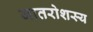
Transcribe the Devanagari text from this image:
जातरोशस्य